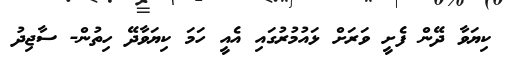
ކިޔަވާ ދޭން ފެށީ ވަރަށް ޅައުމުރުގައި އެއީ ހަމަ ކިޔަވާދޭ ހިތުން- ސާޖިދު